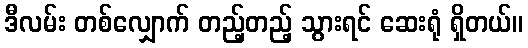
ဒီလမ်း တစ်လျှောက် တည့်တည့် သွားရင် ဆေးရုံ ရှိတယ်။